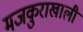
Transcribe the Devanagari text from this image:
मजकुराखाली